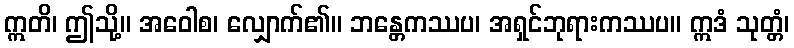
ဣတိ၊ ဤသို့။ အဝေါစ၊ လျှောက်၏။ ဘန္တေကဿပ၊ အရှင်ဘုရားကဿပ။ ဣဒံ သုတ္တံ၊